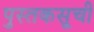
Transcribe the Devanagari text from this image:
पुस्तकसूची